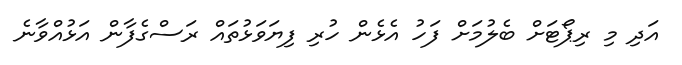
އަދި މި ރިޕޯޓަށް ބެލުމަށް ފަހު އެޅެން ހުރި ފިޔަވަޅުތައް ރަސްގެފާން އަޅުއްވާނެ